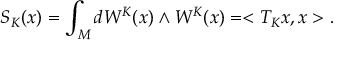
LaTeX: S _ { K } ( x ) = \int _ { M } d W ^ { K } ( x ) \wedge W ^ { K } ( x ) = < T _ { K } x , x > .